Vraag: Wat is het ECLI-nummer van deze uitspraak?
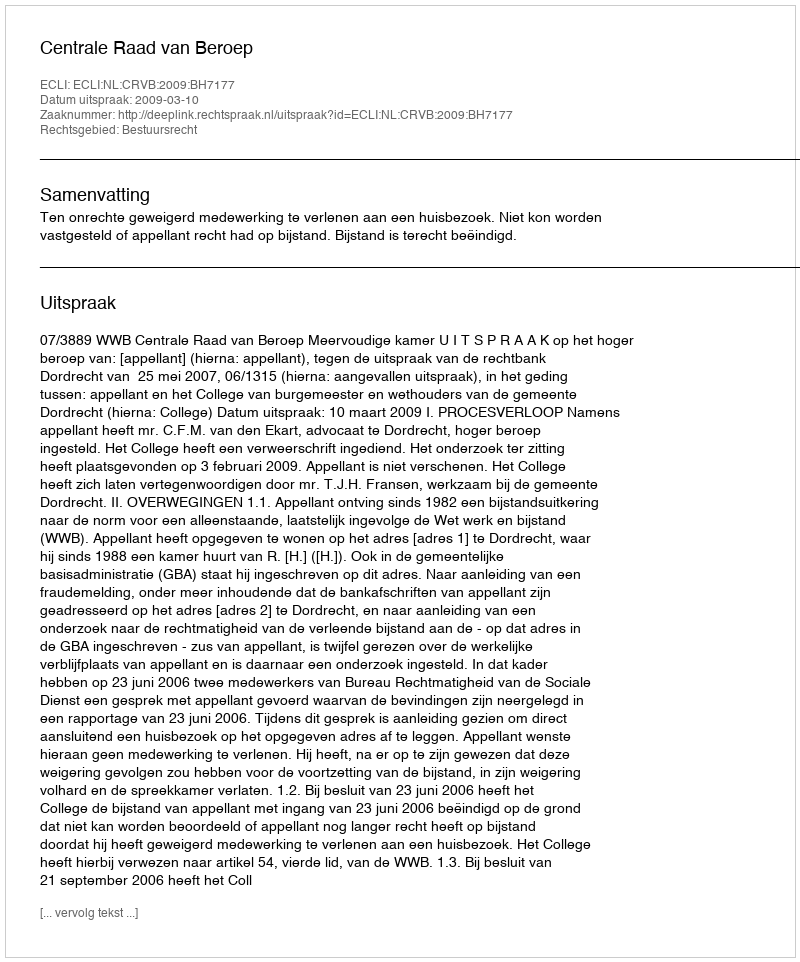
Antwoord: ECLI:NL:CRVB:2009:BH7177